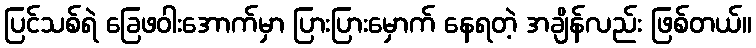
ပြင်သစ်ရဲ ခြေဖဝါးအောက်မှာ ပြားပြားမှောက် နေရတဲ့ အချိန်လည်း ဖြစ်တယ်။